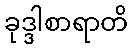
ခုဒ္ဒါစာရာတိ